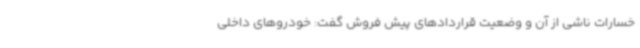
خسارات ناشی از آن و وضعیت قراردادهای پیش فروش گفت: خودروهای داخلی